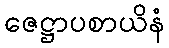
ဇေဋ္ဌာပစာယိနံ